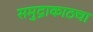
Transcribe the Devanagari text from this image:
समुद्राकाठचा